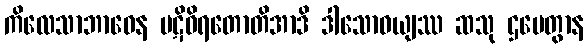
ကိလေသာဘာဝေန ပဋိဝိရတောတိအာဒိ ဒါသောဝယျဿ ဆသု ဌပေတွာန